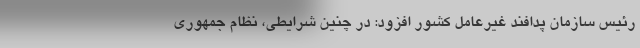
رئیس سازمان پدافند غیرعامل کشور افزود: در چنین شرایطی، نظام جمهوری